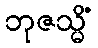
ဘုဇသ္မိံ